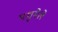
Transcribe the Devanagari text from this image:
पशुमेले